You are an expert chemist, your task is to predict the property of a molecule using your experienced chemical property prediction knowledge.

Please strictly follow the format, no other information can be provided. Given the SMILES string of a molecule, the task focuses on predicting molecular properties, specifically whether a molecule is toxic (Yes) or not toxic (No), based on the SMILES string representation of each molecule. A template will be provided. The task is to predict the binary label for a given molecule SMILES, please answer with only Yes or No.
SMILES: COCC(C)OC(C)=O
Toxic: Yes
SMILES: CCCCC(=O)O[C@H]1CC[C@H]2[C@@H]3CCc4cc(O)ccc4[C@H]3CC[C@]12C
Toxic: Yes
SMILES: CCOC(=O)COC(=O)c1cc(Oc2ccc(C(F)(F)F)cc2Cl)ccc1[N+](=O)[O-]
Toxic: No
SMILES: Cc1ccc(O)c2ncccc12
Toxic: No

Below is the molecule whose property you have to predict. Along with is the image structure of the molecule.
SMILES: NCC1CCC(C(=O)O)CC1
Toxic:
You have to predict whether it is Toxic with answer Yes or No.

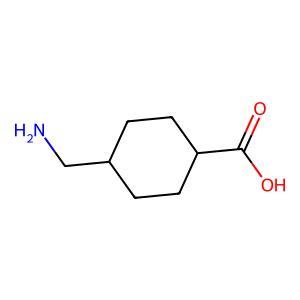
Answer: No